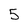
Character: 5